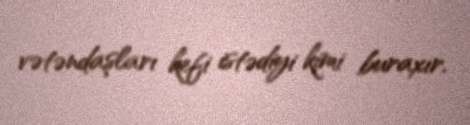
vətəndaşları kefi istədiyi kimi buraxır.